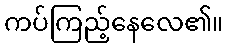
ကပ်ကြည့်နေလေ၏။